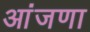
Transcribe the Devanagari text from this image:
आंजणा